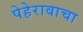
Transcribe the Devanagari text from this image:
पेहेरावाचा